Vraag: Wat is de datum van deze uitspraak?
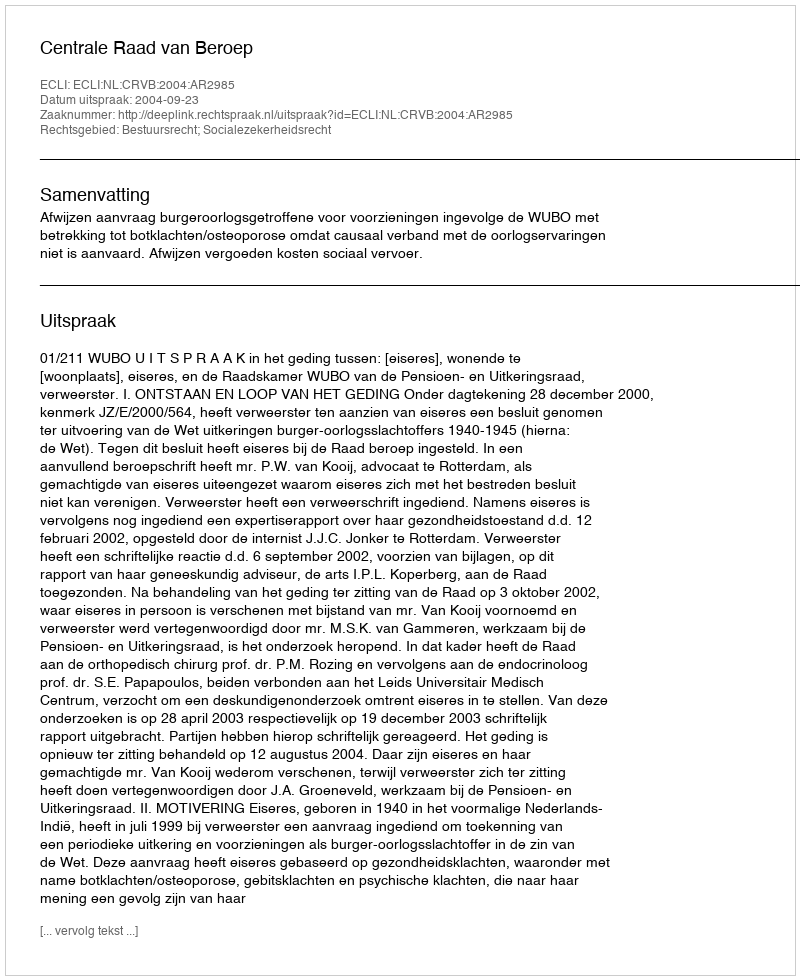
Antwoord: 2004-09-23